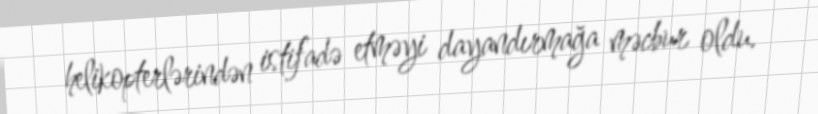
helikopterlərindən istifadə etməyi dayandırmağa məcbur oldu.